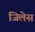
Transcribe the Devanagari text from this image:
जिलेस